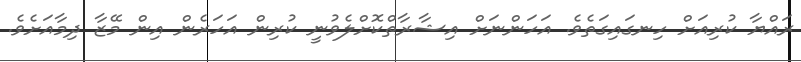
ރައްޔާ ކުރިއަށް ހިނގައިގަތެވެ. އަހަންނަށް އިޝާރާތްކޮށްލެވުނީ ކުރިން އަހަރެން އިން މޭޒާ ދިމާއަށެވެ.